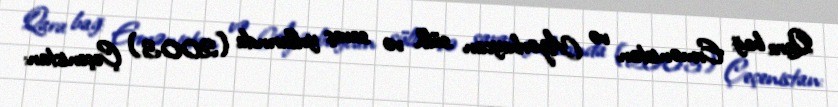
Qara bağ: Ermənistan və Azərbaycan sülh və savaş yollarında (2003) Çeçenistan: